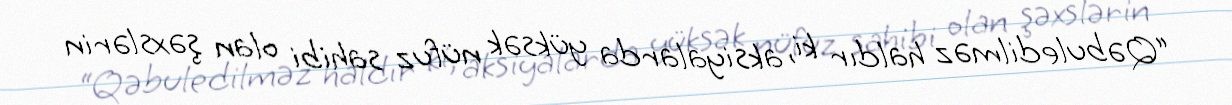
“Qəbuledilməz haldır ki, aksiyalarda yüksək nüfuz sahibi olan şəxslərin